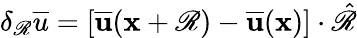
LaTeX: \delta_{\mathscr{R}}\overline{{{u}}}=[\mathbf{{\overline{{{u}}}}}(\mathbf{{x}}+\mathbf{{\mathscr{R}}})-\mathbf{{\overline{{{u}}}}}(\mathbf{{x}})]\cdot\hat{{\mathbf{{\mathscr{R}}}}}